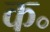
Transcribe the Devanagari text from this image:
क॰